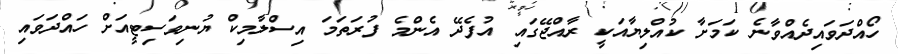
ހޯއްދަވައިދެއްވާނެ ކަމަށާ ކުއްލިޔާއަކީ ރާއްޖޭގައި އުފެދޭ އެންމެ ފުރަތަމަ އިސްލާމިކް ޔުނިވަސިޓީއަށް ހައްދަވައި